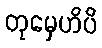
တုမှေဟိပိ